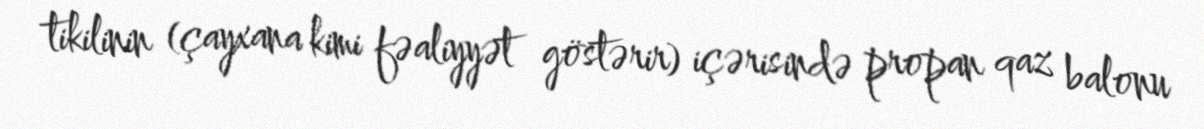
tikilinin (çayxana kimi fəaliyyət göstərir) içərisində propan qaz balonu